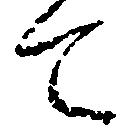
て